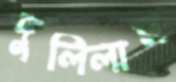
দুলিলাম